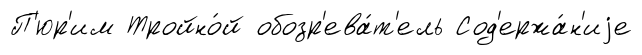
П'юр'им Тройно́й обозр'ева́т'ель Сод'ержа́н'иjе